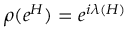
\rho ( e ^ { H } ) = e ^ { i \lambda ( H ) }